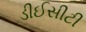
ડીઈસીટી